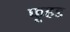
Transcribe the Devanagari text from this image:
फूहड